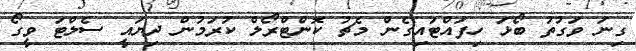
ގިނަ ވަގުތު ބޯޅަ ހިފައްޓައިގެން މެޗު ކޮންޓްރޯލް ކުރަމުން ދިޔައީ ސެލްޓަ ވީގޯ